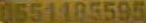
0551185595